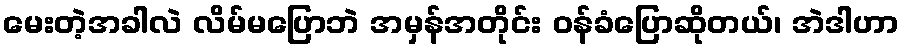
မေးတဲ့အခါလဲ လိမ်မပြောဘဲ အမှန်အတိုင်း ဝန်ခံပြောဆိုတယ်၊ အဲဒါဟာ